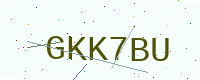
Text: GKK7BU